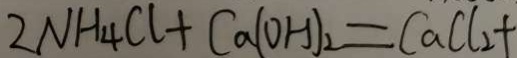
2 N H _ { 4 } C l + C a ( O H ) _ { 2 } = C a C l _ { 2 } +